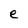
Character: e